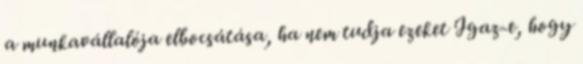
a munkavállalója elbocsátása, ha nem tudja ezeket Igaz-e, hogy